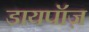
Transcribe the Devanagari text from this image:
डायपॉज़